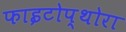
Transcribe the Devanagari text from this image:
फाइटोप्थोरा